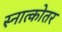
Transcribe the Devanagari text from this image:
स्नात्कोतर